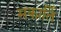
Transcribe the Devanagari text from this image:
मकार्ति